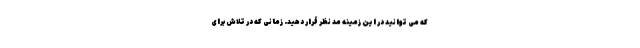
که می توانید در این زمینه مد نظر قرار دهید. زمانی که در تلاش برای